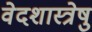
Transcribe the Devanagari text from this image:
वेदशास्त्रेषु